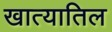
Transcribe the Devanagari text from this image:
खात्यातिल